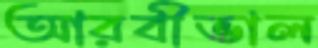
আরবীভাল